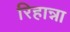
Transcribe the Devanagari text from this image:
रिहान्ना